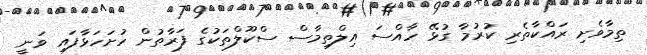
ތިމާވެށި ރައްކާތެރި ކުރުމާ ގުޅޭ ހާއްސަ އިލްތިމާސް ސްކޫލްތަކުގެ ފަރާތުން ހުށަހަޅާފައި ވަނީ